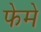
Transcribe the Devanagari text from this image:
फेमे